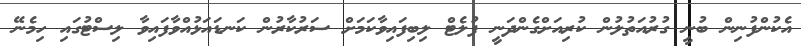
އެކުންފުނިން ބުނީ ގުރުއަތުލުން ކުރިއަށްގެންދަނީ ފުލެޓް ލިބިފައިވާކަމަށް ސަރުކާރުން ކަނޑައަޅުއްވާފައިވާ ލިސްޓުގައި ހިމެނޭ